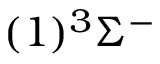
( 1 ) ^ { 3 } \Sigma ^ { - }